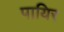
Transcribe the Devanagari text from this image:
पायिर